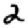
Digit: 2